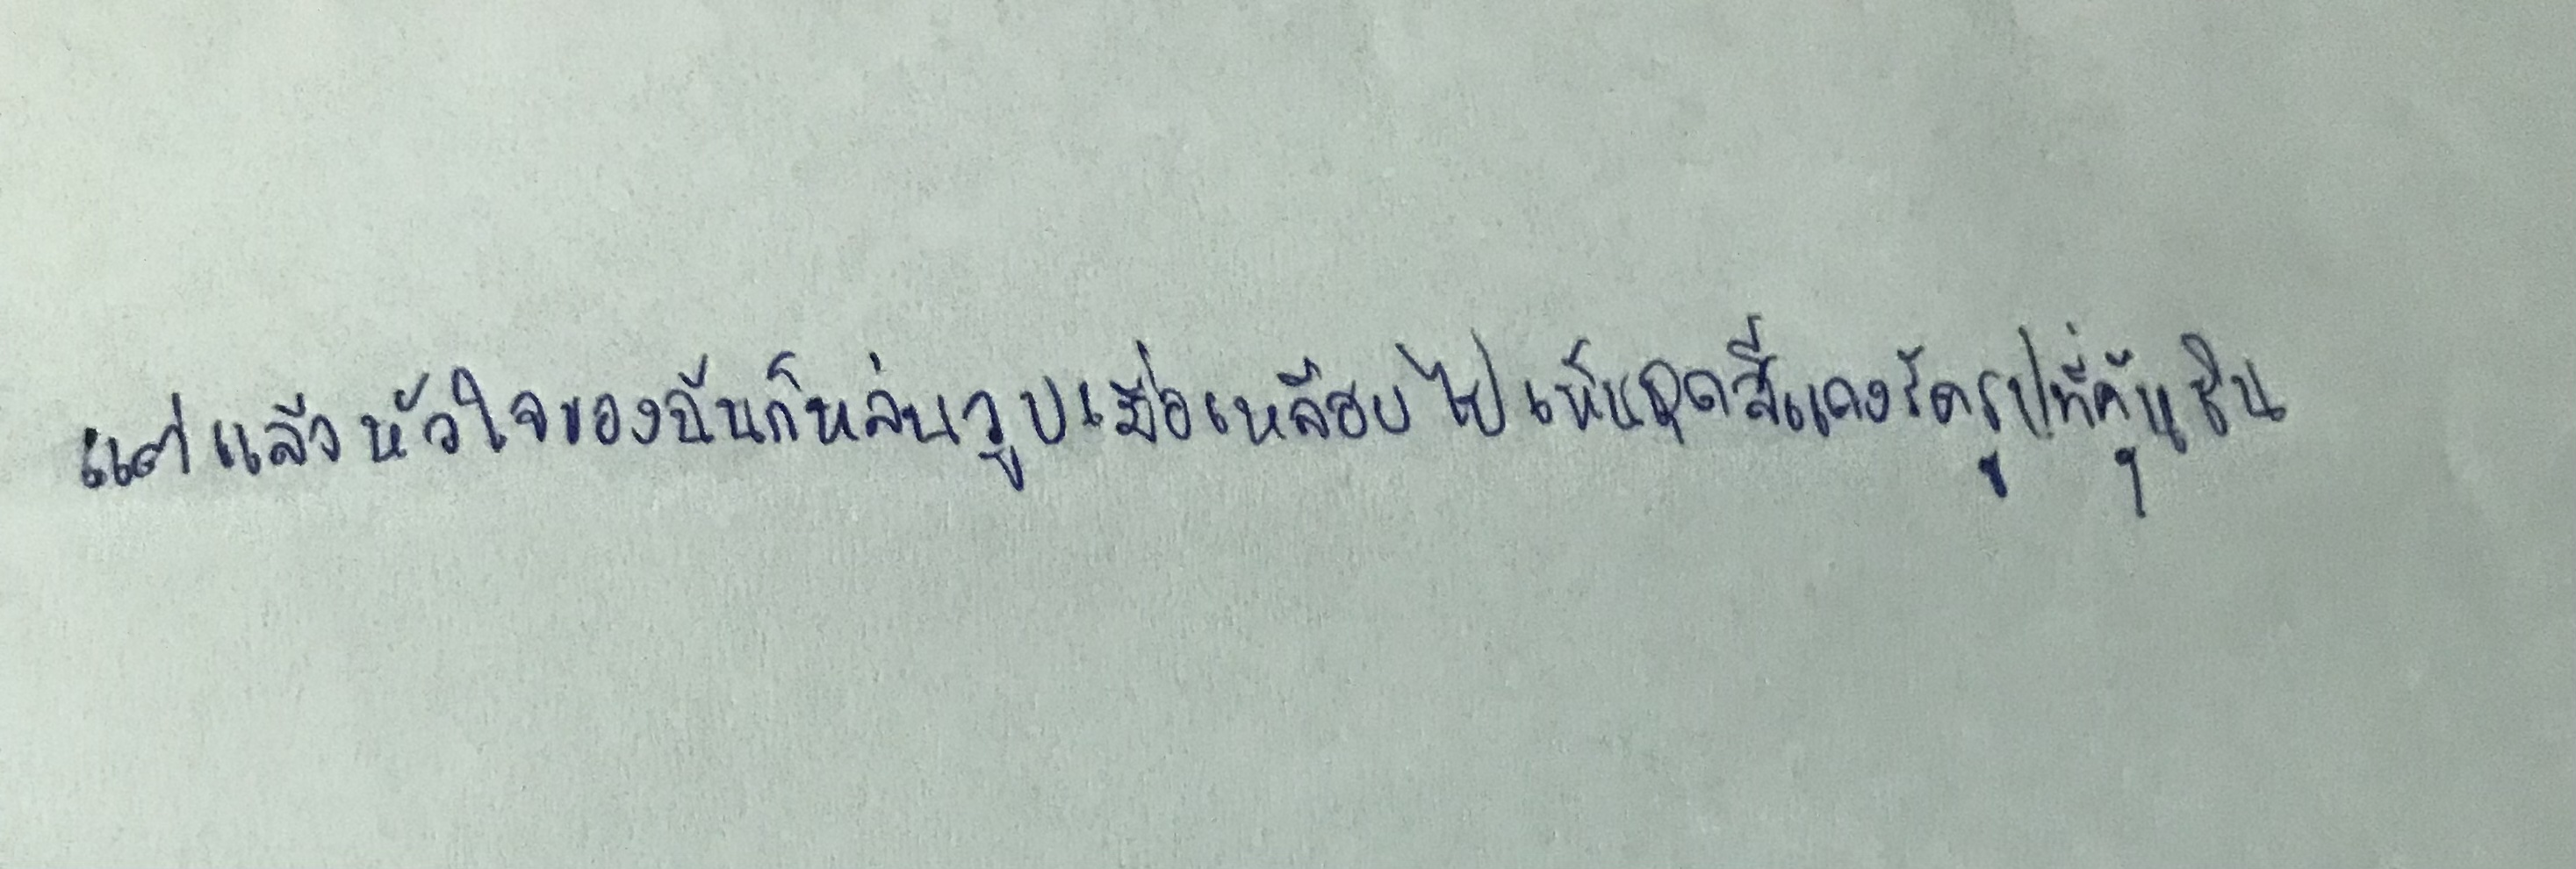
แต่แล้วหัวใจฉันก็หล่นวูบเมื่อเหลือบไปเห็นชุดสีแดงรัดรูปที่คุ้นชิน